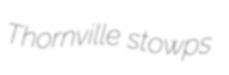
Thornville stowps